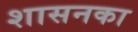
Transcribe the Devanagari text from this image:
शासनका